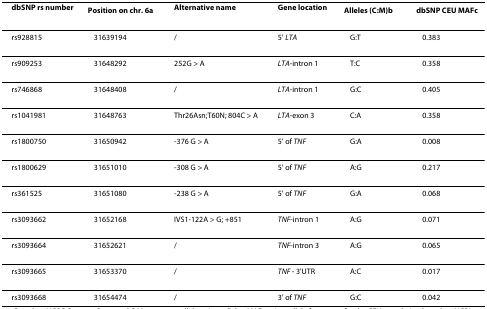
<table><thead><tr><td><b>dbSNP rs number</b></td><td><b>Position on chr. 6<sup>a</sup></b></td><td><b>Alternative name</b></td><td><b>Gene location</b></td><td><b>Alleles (C:M)<sup>b</sup></b></td><td><b>dbSNP CEU MAF<sup>c</sup></b></td></tr></thead><tbody><tr><td>rs928815</td><td>31639194</td><td>/</td><td>5&#x27; <i>LTA</i></td><td>G:T</td><td>0.383</td></tr><tr><td>rs909253</td><td>31648292</td><td>252G &gt; A</td><td><i>LTA</i>-intron 1</td><td>T:C</td><td>0.358</td></tr><tr><td>rs746868</td><td>31648408</td><td>/</td><td><i>LTA</i>-intron 1</td><td>G:C</td><td>0.405</td></tr><tr><td>rs1041981</td><td>31648763</td><td>Thr26Asn;T60N; 804C &gt; A</td><td><i>LTA</i>-exon 3</td><td>C:A</td><td>0.358</td></tr><tr><td>rs1800750</td><td>31650942</td><td>-376 G &gt; A</td><td>5&#x27; of <i>TNF</i></td><td>G:A</td><td>0.008</td></tr><tr><td>rs1800629</td><td>31651010</td><td>-308 G &gt; A</td><td>5&#x27; of <i>TNF</i></td><td>A:G</td><td>0.217</td></tr><tr><td>rs361525</td><td>31651080</td><td>-238 G &gt; A</td><td>5&#x27; of <i>TNF</i></td><td>G:A</td><td>0.068</td></tr><tr><td>rs3093662</td><td>31652168</td><td>IVS1-122A &gt; G; +851</td><td><i>TNF</i>-intron 1</td><td>A:G</td><td>0.071</td></tr><tr><td>rs3093664</td><td>31652621</td><td>/</td><td><i>TNF</i>-intron 3</td><td>A:G</td><td>0.065</td></tr><tr><td>rs3093665</td><td>31653370</td><td>/</td><td><i>TNF </i>- 3&#x27;UTR</td><td>A:C</td><td>0.017</td></tr><tr><td>rs3093668</td><td>31654474</td><td>/</td><td>3&#x27; of <i>TNF</i></td><td>G:C</td><td>0.042</td></tr></tbody></table>